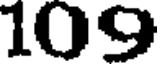
109